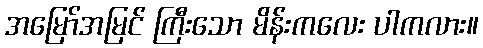
အမြော်အမြင် ကြီးသော မိန်းကလေး ပါကလား။